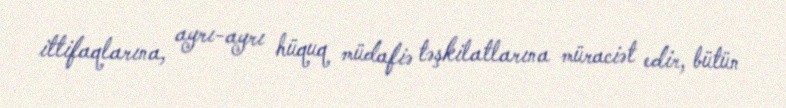
ittifaqlarına, ayrı-ayrı hüquq müdafiə təşkilatlarına müraciət edir, bütün